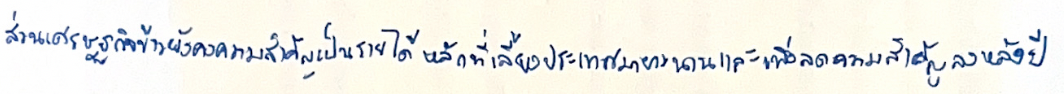
ส่วนเศรษฐกิจข้าวยังคงความสำคัญเป็นรายได้หลักที่เลี้ยงประเทศมายาวนานและเพิ่งลดความสำคัญลงหลังปี